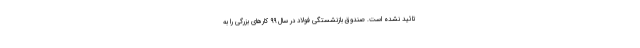
تائید نشده است. صندوق بازنشستگی فولاد در سال ۹۹ کارهای بزرگی را به